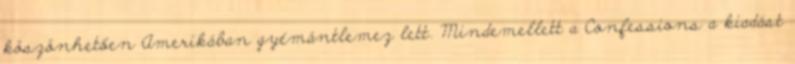
köszönhetően Amerikában gyémántlemez lett. Mindemellett a Confessions a kiadást